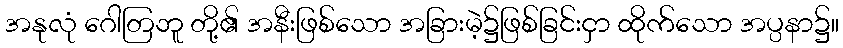
အနုလုံ ဂေါတြဘူ တို့၏ အနီးဖြစ်သော အခြားမဲ့၌ဖြစ်ခြင်းငှာ ထိုက်သော အပ္ပနာ၌။